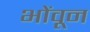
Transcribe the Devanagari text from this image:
भोंवून